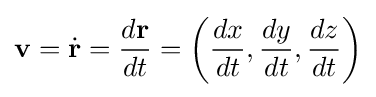
\mathbf {v} ={\dot {\mathbf {r} }}={\frac {d\mathbf {r} }{dt}}=\left({\frac {dx}{dt}},{\frac {dy}{dt}},{\frac {dz}{dt}}\right)